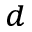
^ d